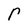
Character: r